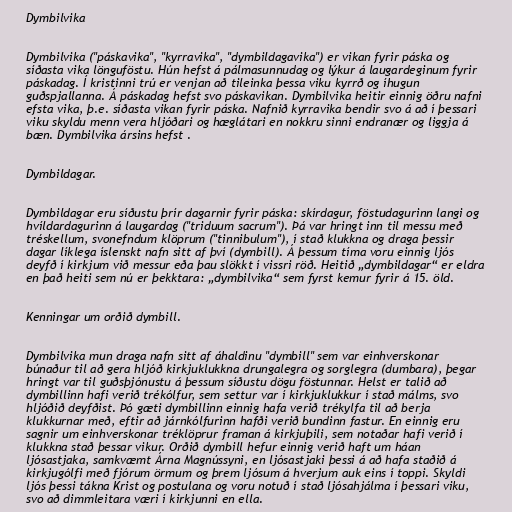
Dymbilvika

Dymbilvika ("páskavika", "kyrravika", "dymbildagavika") er vikan fyrir páska og
síðasta vika lönguföstu. Hún hefst á pálmasunnudag og lýkur á laugardeginum fyrir
páskadag. Í kristinni trú er venjan að tileinka þessa viku kyrrð og íhugun
guðspjallanna. Á páskadag hefst svo páskavikan. Dymbilvika heitir einnig öðru nafni
efsta vika, þ.e. síðasta vikan fyrir páska. Nafnið kyrravika bendir svo á að í þessari
viku skyldu menn vera hljóðari og hæglátari en nokkru sinni endranær og liggja á
bæn. Dymbilvika ársins hefst .

Dymbildagar.

Dymbildagar eru síðustu þrír dagarnir fyrir páska: skírdagur, föstudagurinn langi og
hvíldardagurinn á laugardag ("triduum sacrum"). Þá var hringt inn til messu með
tréskellum, svonefndum klöprum ("tinnibulum"), í stað klukkna og draga þessir
dagar líklega íslenskt nafn sitt af því (dymbill). Á þessum tíma voru einnig ljós
deyfð í kirkjum við messur eða þau slökkt í vissri röð. Heitið „dymbildagar“ er eldra
en það heiti sem nú er þekktara: „dymbilvika“ sem fyrst kemur fyrir á 15. öld.

Kenningar um orðið dymbill.

Dymbilvika mun draga nafn sitt af áhaldinu "dymbill" sem var einhverskonar
búnaður til að gera hljóð kirkjuklukkna drungalegra og sorglegra (dumbara), þegar
hringt var til guðsþjónustu á þessum síðustu dögu föstunnar. Helst er talið að
dymbillinn hafi verið trékólfur, sem settur var í kirkjuklukkur í stað málms, svo
hljóðið deyfðist. Þó gæti dymbillinn einnig hafa verið trékylfa til að berja
klukkurnar með, eftir að járnkólfurinn hafði verið bundinn fastur. En einnig eru
sagnir um einhverskonar tréklöprur framan á kirkjuþili, sem notaðar hafi verið í
klukkna stað þessar vikur. Orðið dymbill hefur einnig verið haft um háan
ljósastjaka, samkvæmt Árna Magnússyni, en ljósastjaki þessi á að hafa staðið á
kirkjugólfi með fjórum örmum og þrem ljósum á hverjum auk eins í toppi. Skyldi
ljós þessi tákna Krist og postulana og voru notuð í stað ljósahjálma í þessari viku,
svo að dimmleitara væri í kirkjunni en ella.